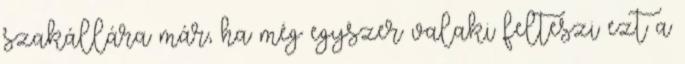
szakállára már, ha még egyszer valaki felteszi ezt a